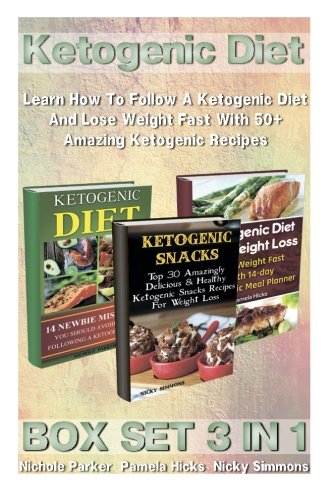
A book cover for Ketogenic Diet BOX SET 3 IN 1: Learn How To Follow A Ketogenic Diet And Lose Weight Fast With 50+ Amazing Ketogenic Recipes: (Lose Belly Fat Fast, ... 20 20 diet dr phil , weight watchers); Nichole Parker; Cookbooks, Food & Wine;